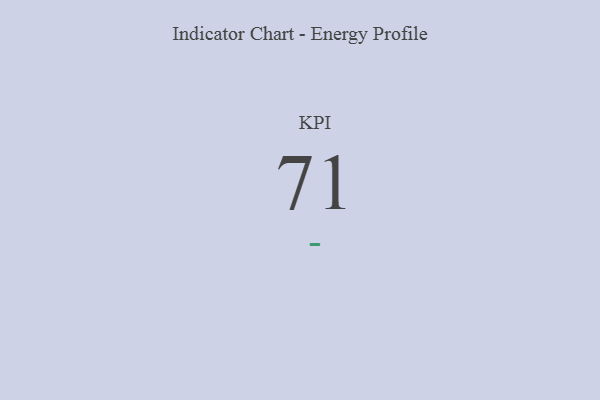
{"axis": {"x": "KPI", "y": "Value"}, "legend": [""], "data": [{"x": "KPI", "y": 71, "type": ""}]}